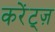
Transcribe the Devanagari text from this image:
करेंट्ज़